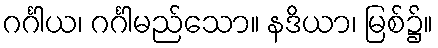
ဂင်္ဂါယ၊ ဂင်္ဂါမည်သော။ နဒိယာ၊ မြစ်၌။